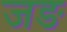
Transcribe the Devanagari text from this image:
जङ